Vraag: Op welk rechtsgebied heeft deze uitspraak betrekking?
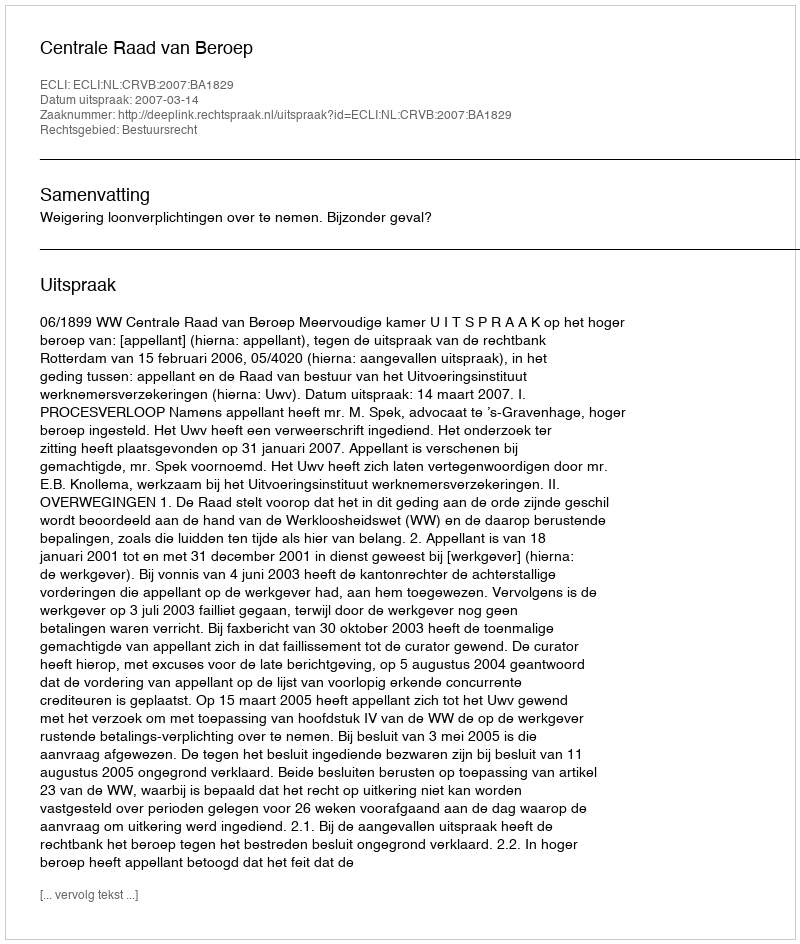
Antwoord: Bestuursrecht